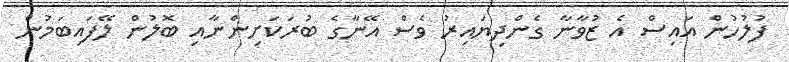
ފުލުހުން އައިސް އެ ޒުވާނާ ގެންދިޔައިރު ވެސް އޭނާގެ ބުރަކަށިންނާއި ބޮލުން ލޭފައިބަމުން